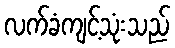
လက်ခံကျင့်သုံးသည်